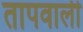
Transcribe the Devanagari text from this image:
तापवाली